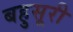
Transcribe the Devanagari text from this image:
बहुसूरी